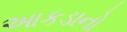
આકડાનો